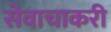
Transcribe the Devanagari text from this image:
सेवाचाकरी